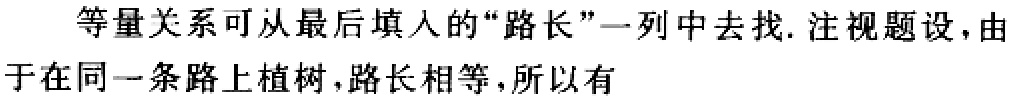
等量关系可从最后填入的“路长”一列中去找. 注视题设，由于在同一条路上植树，路长相等，所以有